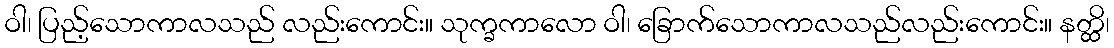
ဝါ၊ ပြည့်သောကာလသည် လည်းကောင်း။ သုက္ခကာလော ဝါ၊ ခြောက်သောကာလသည်လည်းကောင်း။ နတ္ထိ၊